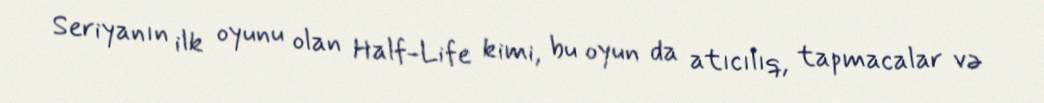
Seriyanın ilk oyunu olan Half-Life kimi, bu oyun da atıcılıq, tapmacalar və